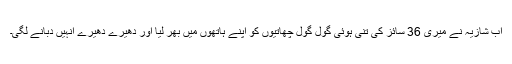
اب شازیہ نے میری 36 سائز کی تنی ہوئی گول گول چھاتیوں کو اپنے ہاتھوں میں بھر لیا اور دھیرے دھیرے انہیں دبانے لگی۔